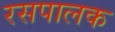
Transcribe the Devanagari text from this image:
रसपालक